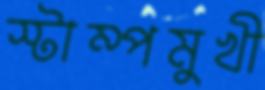
স্টাম্পমুখী